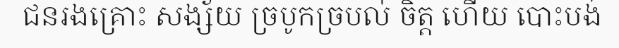
ជនរងគ្រោះ សង្ស័យ ច្របូកច្របល់ ចិត្ត ហើយ បោះបង់